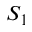
S _ { 1 }